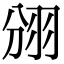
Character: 𮊺